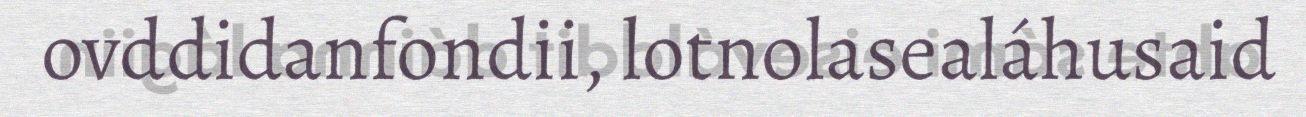
ovddidanfondii, lotnolasealáhusaid